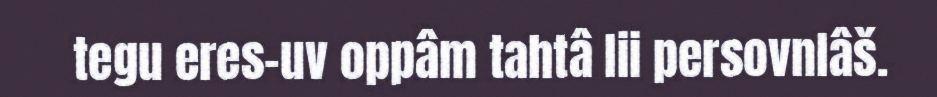
tegu eres-uv oppâm tahtâ lii persovnlâš.